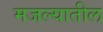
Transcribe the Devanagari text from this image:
मजल्यातील